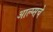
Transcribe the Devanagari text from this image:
आल्प्सचे